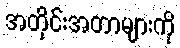
အတိုင်းအတာများကို